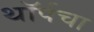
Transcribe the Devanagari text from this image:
थॉर्पचा